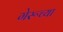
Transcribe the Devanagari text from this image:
गेरूच्या